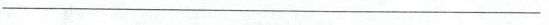
___